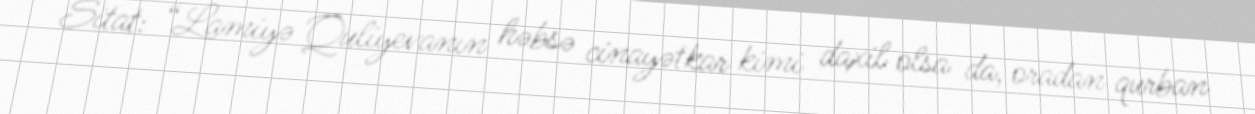
Sitat: “Lamiyə Quliyevanın həbsə cinayətkar kimi daxil olsa da, oradan qurban